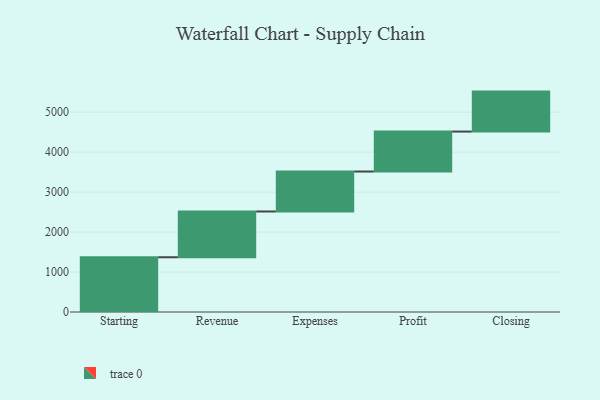
{"axis": {"x": "Step", "y": "Value"}, "legend": [""], "data": [{"x": "Starting", "y": 1370.0, "type": ""}, {"x": "Revenue", "y": 1145.0, "type": ""}, {"x": "Expenses", "y": 1000, "type": ""}, {"x": "Profit", "y": 1000, "type": ""}, {"x": "Closing", "y": 1000, "type": ""}]}